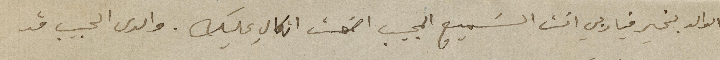
الوالد بخير فيا ربي أنت السَميع المجيب اضمن اتكالي عليك. والدى الحبيب قد